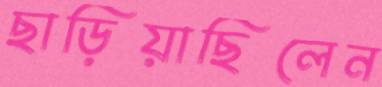
ছাড়িয়াছিলেন